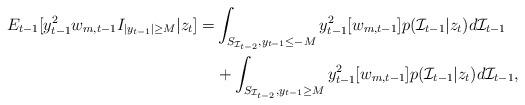
LaTeX: \begin{align*}E_{t-1}[y^2_{t-1}w_{m,t-1}I_{|y_{t-1}|\geq M}|z_t]=&\int_{S_{\mathcal{I}_{t-2}},y_{t-1}\leq -M}{y^2_{t-1}[w_{m,t-1}]p(\mathcal{I}_{t-1}|z_t)d\mathcal{I}_{t-1}}\\&+\int_{S_{\mathcal{I}_{t-2}},y_{t-1}\geq M}{y^2_{t-1}[w_{m,t-1}]p(\mathcal{I}_{t-1}|z_t)d\mathcal{I}_{t-1}},\end{align*}